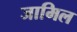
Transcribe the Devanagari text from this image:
जामिल